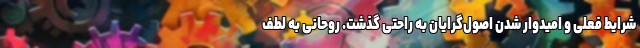
شرایط فعلی و امیدوار شدن اصول‌گرایان به راحتی گذشت. روحانی به لطف